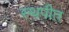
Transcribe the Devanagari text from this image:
स्थपीत